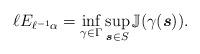
LaTeX: \begin{align*} \ell E_{\ell^{-1}\alpha} = \inf_{\gamma\in\Gamma }\sup_{\boldsymbol s\in S} \mathbb{J}(\gamma(\boldsymbol{s})). \end{align*}